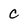
Character: c